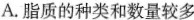
A. 脂质的种类和数量较多